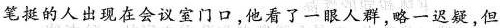
笔挺的人出现在会议室门口，他看了一眼人群，略一迟疑，但